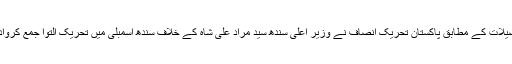
تفصیلات کے مطابق پاکستان تحریک انصاف نے وزیر اعلیٰ سندھ سید مراد علی شاہ کے خلاف سندھ اسمبلی میں تحریک التوا جمع کروادی۔